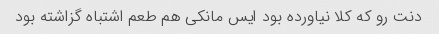
دنت رو که کلا نیاورده بود ایس مانکی هم طعم اشتباه گزاشته بود